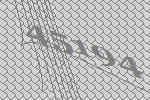
45194